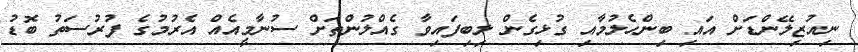
ނިއުޒިލޭންޑަށް އައި ބިންހެލުމާއި ގުޅިގެން ލިބިފައިވާ ގެއްލުންތަށް ސުނާމީއެއް އެރުމުގެ ފުރުސަތު ބޮޑު